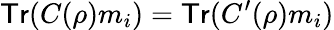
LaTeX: \textsf{Tr}(C(\rho)m_{i})=\textsf{Tr}(C^{\prime}(\rho)m_{i})